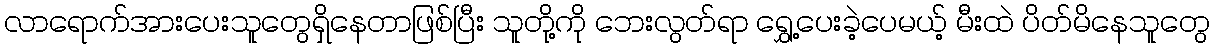
လာရောက်အားပေးသူတွေရှိနေတာဖြစ်ပြီး သူတို့ကို ဘေးလွတ်ရာ ရွှေ့ပေးခဲ့ပေမယ့် မီးထဲ ပိတ်မိနေသူတွေ